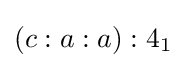
(c:a:a):4_{1}